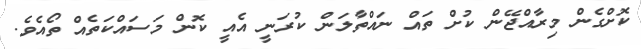
ކޮށްގެން މިރާއްޖޭން ކުށް ތައް ނައްތާލަން ކުރަނީ އެއީ ކޮން މަސައްކަތެއް ތޯއެވެ.